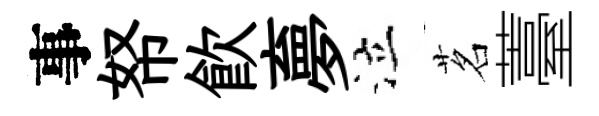
事帑飮夣泣茗薹